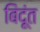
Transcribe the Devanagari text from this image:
बिंदूंत